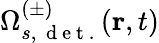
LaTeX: \Omega_{s,\, \mathrm{~d~e~t~.~}}^{(\pm)}(\textbf{r},t)